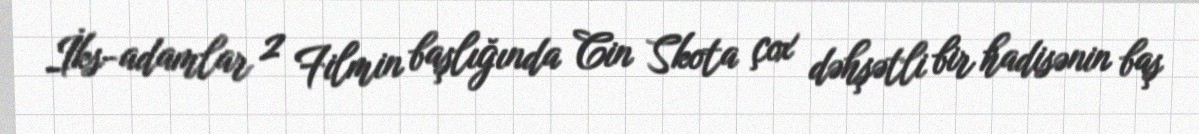
İks-adamlar 2 Filmin başlığında Cin Skota çox dəhşətli bir hadisənin baş